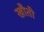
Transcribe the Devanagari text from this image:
खौती